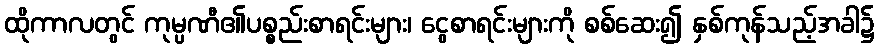
ထိုကာလတွင် ကုမ္ပဏီ၏ပစ္စည်းစာရင်းများ၊ ငွေစာရင်းများကို စစ်ဆေး၍ နှစ်ကုန်သည့်အခါ၌